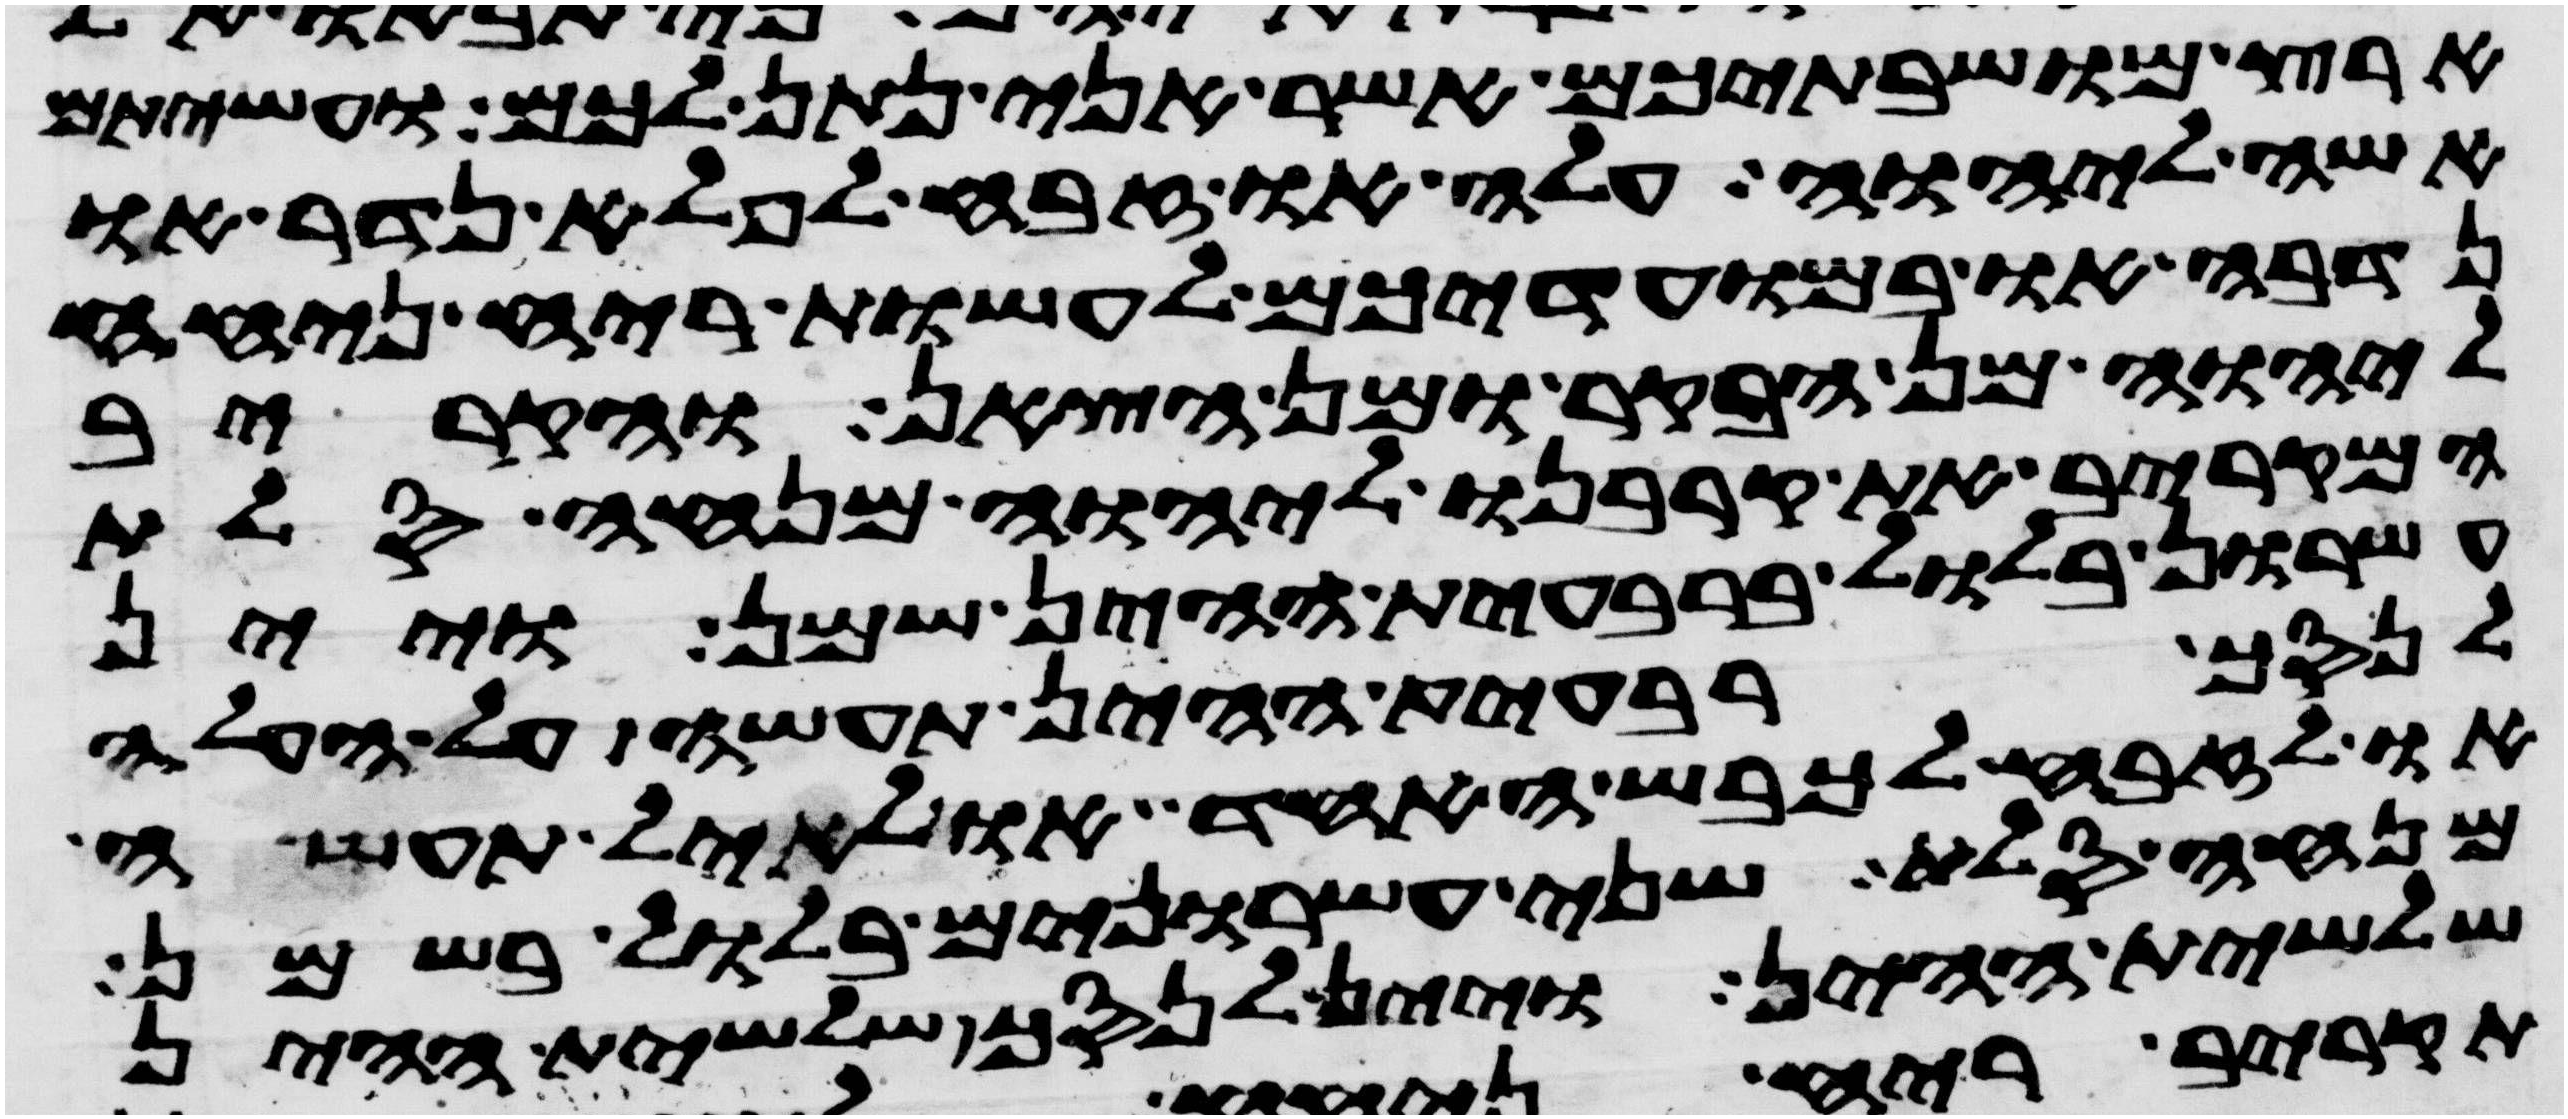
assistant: ארץ מושבתיכם אשר אני נתן לכם ועשיתם
אשה ליהוה עלה או זבח לפלא נדר או
נדבה או במועדיכם לעשות ריח ניחח
ליהוה מן הבקר או מן הצאן והקריב
המקריב את קרבנו ליהוה מנחה סלת
עשרון בלול ברבעית ההין שמן ויין
לנסך רבעית ההין תעשה על העלה
או לזבח לכבש האחד או לאיל תעשה
מנחה סלת שני עשרנים בלול בשמן
שלשית ההין ויין לנסך שלשית ההין